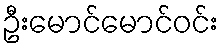
ဦးမောင်မောင်ဝင်း